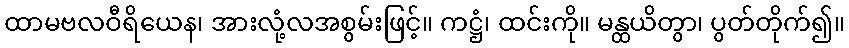
ထာမဗလဝီရိယေန၊ အားလုံ့လအစွမ်းဖြင့်။ ကဋ္ဌံ၊ ထင်းကို။ မန္ထယိတွာ၊ ပွတ်တိုက်၍။